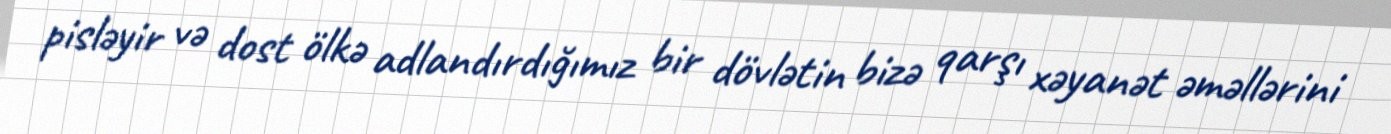
pisləyir və dost ölkə adlandırdığımız bir dövlətin bizə qarşı xəyanət əməllərini